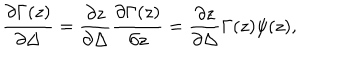
LaTeX: { \frac { \partial \Gamma ( z ) } { \partial \Delta } } = { \frac { \partial z } { \partial \Delta } } { \frac { \partial \Gamma ( z ) } { \partial z } } = { \frac { \partial z } { \partial \Delta } } \Gamma ( z ) \psi ( z ) ,